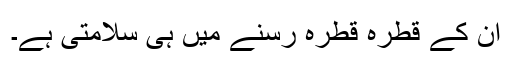
اِن کے قطرہ قطرہ رسنے میں ہی سلامتی ہے۔